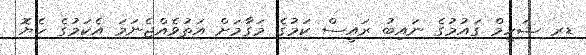
ޑރ ޝަހީމް ގައުމުގެ ނައިބު ރައީސް ކަމުގެ މަގާމަށް އަތުވެއްޖެނަމަ އެކަމުގެ ހެޔޮ